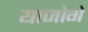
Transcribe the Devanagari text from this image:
याजोगे